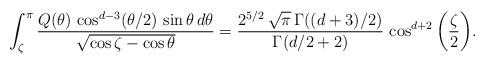
LaTeX: \begin{align*}\int_\zeta^\pi \frac {Q(\theta)\, \cos^{d-3}(\theta/2)\, \sin\theta\, d\theta} {\sqrt{\cos\zeta-\cos\theta}} = \frac {2^{5/2}\, \sqrt{\pi}\, \Gamma((d+3)/2)}{\Gamma(d/2+2)}\, \cos^{d+2} \bigg(\frac {\zeta} {2} \bigg).\end{align*}